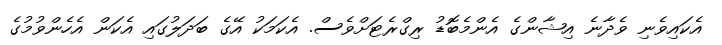
އެކައިވެނި ވެދާނެ އިޝާންގެ އެންމެބޮޑު ރިގްރެޓަށްވެސް. އެކަމަކު އޭގެ ބަދަލުގައި އެކަން އެހެންވުމުގެ